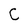
Character: C